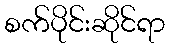
စက်ပိုင်းဆိုင်ရာ